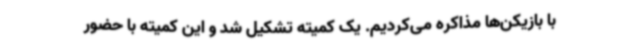
با بازیکن‌ها مذاکره می‌کردیم. یک کمیته تشکیل شد و این کمیته با حضور